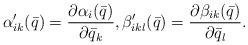
LaTeX: \begin{align*} \alpha'_{ik}(\bar{q}) = \frac{\partial \alpha_i(\bar{q})}{\partial \bar{q}_k} , \beta'_{ikl}(\bar{q}) = \frac{\partial \beta_{ik}(\bar{q})}{\partial \bar{q}_l} .\end{align*}